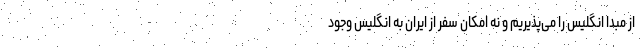
از مبدا انگلیس را می‌پذیریم و نه امکان سفر از ایران به انگلیس وجود